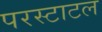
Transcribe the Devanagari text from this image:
परस्टाटल